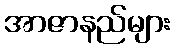
အာဇာနည်များ